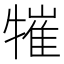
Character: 𤛍